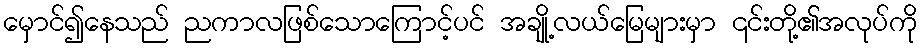
မှောင်၍နေသည် ညကာလဖြစ်သောကြောင့်ပင် အချို့လယ်မြေများမှာ ၎င်းတို့၏အလုပ်ကို